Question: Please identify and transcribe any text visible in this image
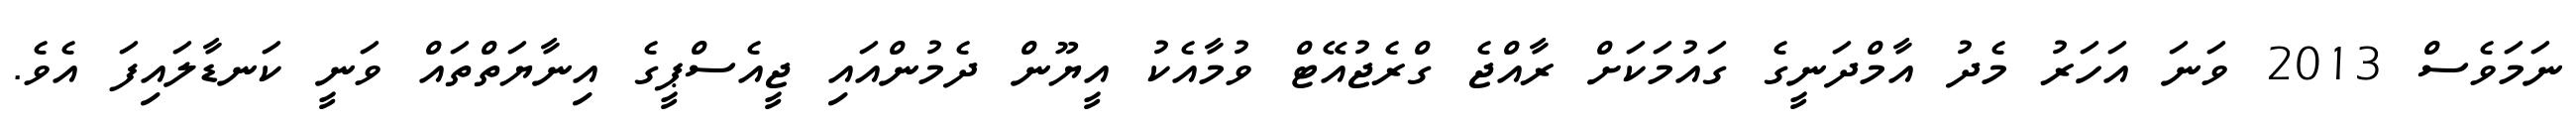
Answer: ނަމަވެސް 2013 ވަނަ އަހަރު މެދު އާމްދަނީގެ ގައުމަކަށް ރާއްޖެ ގްރެޖުއޭޓް ވުމާއެކު އީޔޫން ދެމުންއައި ޖީއެސްޕީގެ އިނާޔަތްތައް ވަނީ ކަނޑާލައިފަ އެވެ.